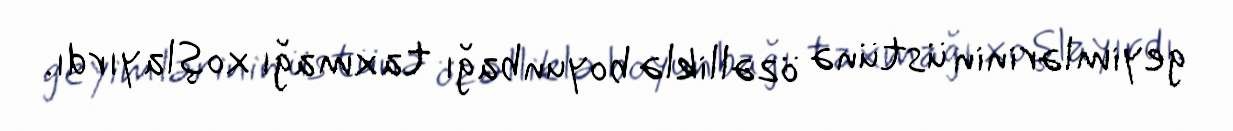
geyimlərinin üstünə özəlliklə boyunbağı taxmağı xoşlayırdı.